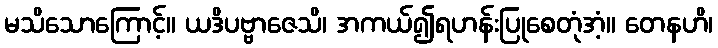
မသိသောကြောင့်။ ယဒိပဗ္ဗာဇေသိ၊ အကယ်၍ရဟန်းပြုစေတုံအံ့။ တေနဟိ၊